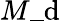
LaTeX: M\_ \mathrm{d}